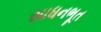
સાધનભૂત